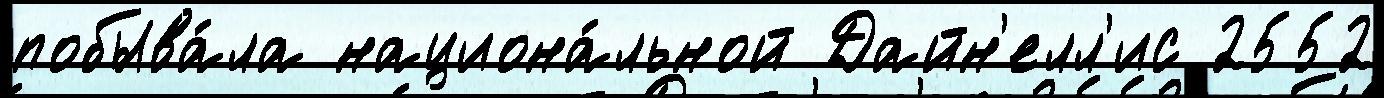
побыва́ла национа́льной Дайн'елл'ис 2552